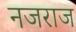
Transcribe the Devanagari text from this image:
नजराज